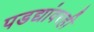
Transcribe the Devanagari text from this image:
पडद्यांवरही